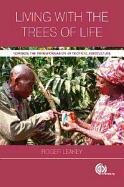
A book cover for Living with the Trees of Life: Towards the Transformation of Tropical Agriculture; Roger B. Leakey; Science & Math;